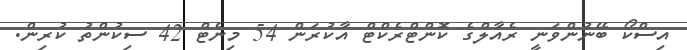
އިސްކޯ ބޭނުންވަނީ ރެއާލްގެ ކޮންޓްރެކްޓް އާކުރަން 54 މިނެޓް 42 ސިކުންތު ކުރިން.